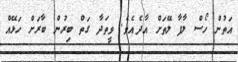
އަތުން ހޯސް ލާފާ ލޭތަށް އާދެއެވެ. ވީތަދާ ގަތް ބިރުން ބާރަށް ހަޅޭއް